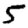
Digit: 5